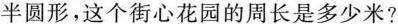
半圆形，这个街心花园的周长是多少米?